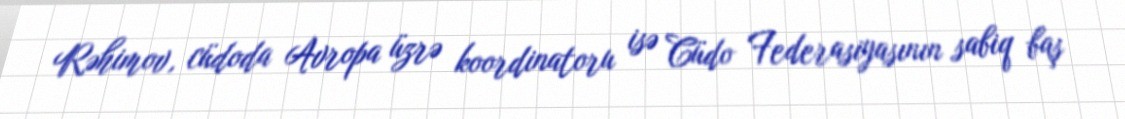
Rəhimov, cüdoda Avropa üzrə koordinatoru isə Cüdo Federasiyasının sabiq baş